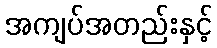
အကျပ်အတည်းနှင့်